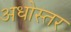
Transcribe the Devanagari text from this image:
अधोस्तर